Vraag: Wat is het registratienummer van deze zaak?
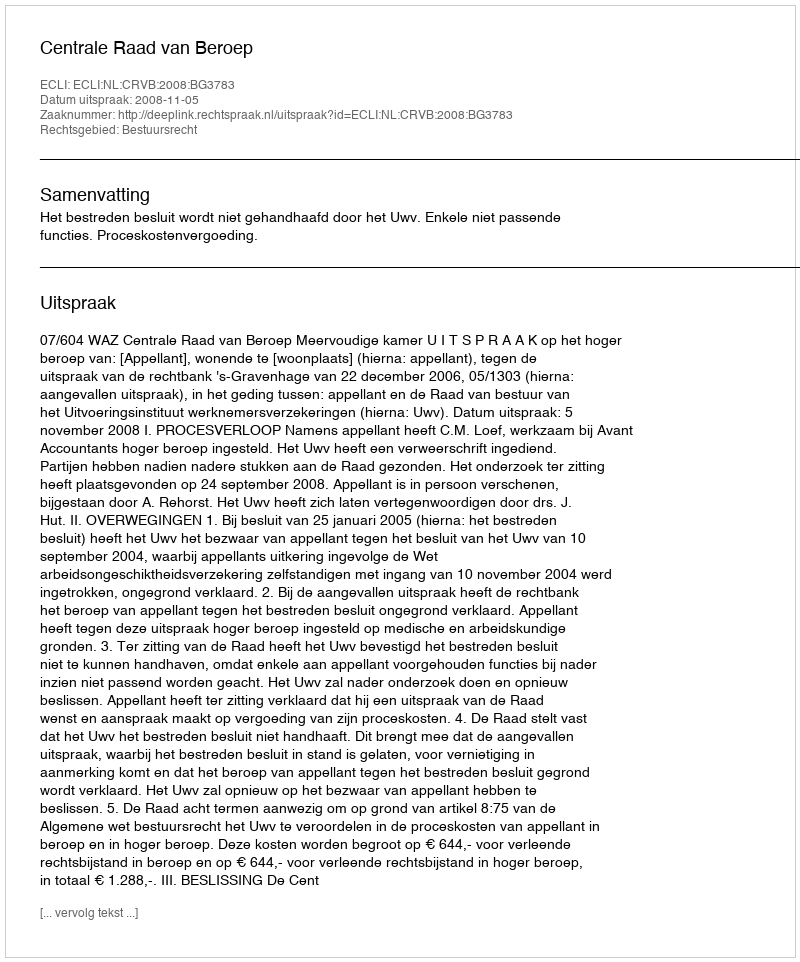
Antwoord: http://deeplink.rechtspraak.nl/uitspraak?id=ECLI:NL:CRVB:2008:BG3783